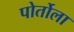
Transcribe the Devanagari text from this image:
पोर्तोला